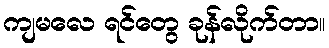
ကျမလေ ရင်တွေ ခုန်လိုက်တာ။